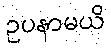
ဥပနာမယိ